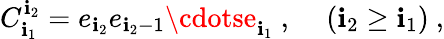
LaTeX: C_{\mathbf{i}_{1}}^{\mathbf{i}_{2}}=e_{\mathbf{i}_{2}}e_{\mathbf{i}_{2}-1}\cdotse_{\mathbf{i}_{1}}~,~~~~\left(\mathbf{i}_{2}\geq\mathbf{i}_{1}\right)~,